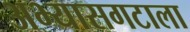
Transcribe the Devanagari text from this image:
अभ्यासगटाला